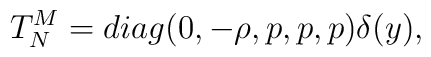
T^M_N= diag(0,-\rho,p,p,p) \delta(y),